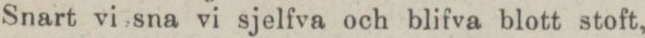
Snart vi sna vi sjelfva och blifva blott stoft,